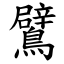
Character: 鷿